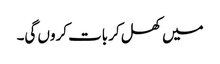
میں کھل کر بات کروں گی۔